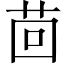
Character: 茴